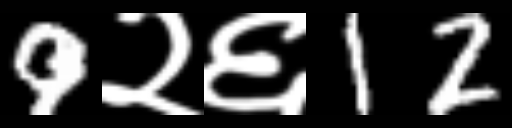
Text: 9२६12